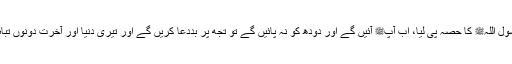
تو نے رسول اللہﷺ کا حصہ پی لیا، اب آپﷺ آئیں گے اور دودھ کو نہ پائیں گے تو تجھ پر بددعا کریں گے اور تیری دنیا اور آخرت دونوں تباہ ہوں گی۔